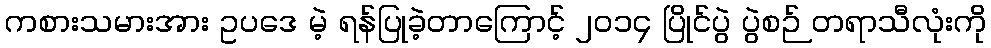
ကစားသမားအား ဥပဒေ မဲ့ ရန်ပြုခဲ့တာကြောင့် ၂၀၁၄ ပြိုင်ပွဲ ပွဲစဉ် တရာသီလုံးကို